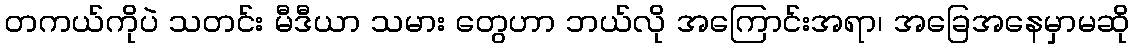
တကယ်ကိုပဲ သတင်း မီဒီယာ သမား တွေဟာ ဘယ်လို အကြောင်းအရာ၊ အခြေအနေမှာမဆို